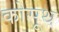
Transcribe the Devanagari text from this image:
कोसूथ